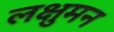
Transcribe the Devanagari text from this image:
लक्षुमन